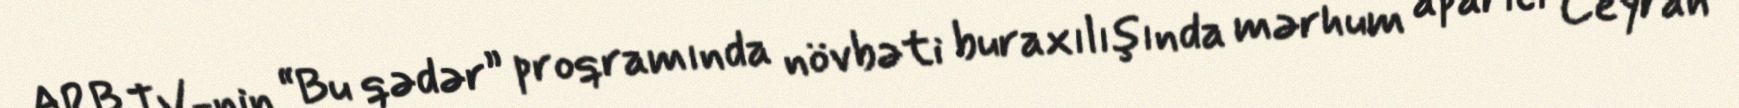
ARB TV-nin “Bu qədər” proqramında növbəti buraxılışında mərhum aparıcı Ceyran